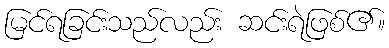
မြင်ရခြင်းသည်လည်း ဆင်းရဲဖြစ်၏။